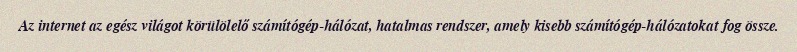
Az internet az egész világot körülölelő számítógép-hálózat, hatalmas rendszer, amely kisebb számítógép-hálózatokat fog össze.